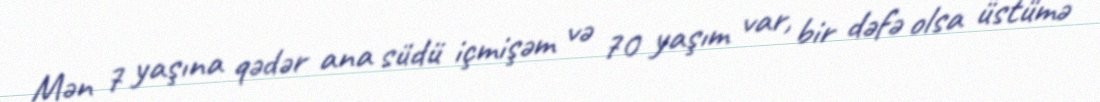
Mən 7 yaşına qədər ana südü içmişəm və 70 yaşım var, bir dəfə olsa üstümə